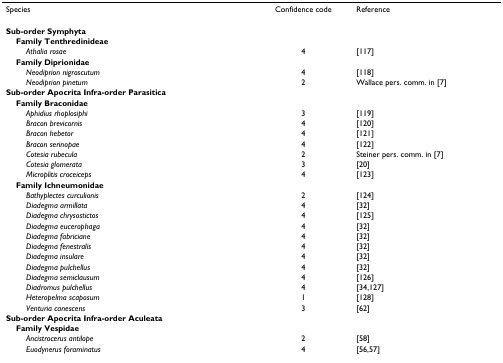
| Species | Confidence code | Reference |
 | --- | --- | --- |
 | Sub-order Symphyta |  |  |
 | Family Tenthredinideae |  |  |
 | Athalia rosae | 4 | [117] |
 | Family Diprionidae |  |  |
 | Neodiprion nigroscutum | 4 | [118] |
 | Neodiprion pinetum | 2 | Wallace pers. comm. in [7] |
 | Sub-order Apocrita Infra-order Parasitica |  |  |
 | Family Braconidae |  |  |
 | Aphidius rhoplosiphi | 3 | [119] |
 | Bracon brevicornis | 4 | [120] |
 | Bracon hebetor | 4 | [121] |
 | Bracon serinopae | 4 | [122] |
 | Cotesia rubecula | 2 | Steiner pers. comm. in [7] |
 | Cotesia glomerata | 3 | [20] |
 | Microplitis croceiceps | 4 | [123] |
 | Family Ichneumonidae |  |  |
 | Bathyplectes curculionis | 2 | [124] |
 | Diadegma armillata | 4 | [32] |
 | Diadegma chrysostictos | 4 | [125] |
 | Diadegma eucerophaga | 4 | [32] |
 | Diadegma fabriciane | 4 | [32] |
 | Diadegma fenestralis | 4 | [32] |
 | Diadegma insulare | 4 | [32] |
 | Diadegma pulchellus | 4 | [32] |
 | Diadegma semiclausum | 4 | [126] |
 | Diadromus pulchellus | 4 | [34,127] |
 | Heteropelma scaposum | 1 | [128] |
 | Venturia canescens | 3 | [62] |
 | Sub-order Apocrita Infra-order Aculeata |  |  |
 | Family Vespidae |  |  |
 | Ancistrocerus antilope | 2 | [58] |
 | Euodynerus foraminatus | 4 | [56,57] |